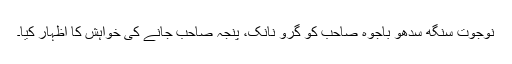
نوجوت سنگھ سدھو باجوہ صاحب کو گرو نانک، پنجہ صاحب جانے کی خواہش کا اظہار کیا۔